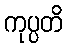
ကုပ္ပတိ